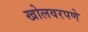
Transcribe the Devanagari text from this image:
खोलवरपणे